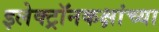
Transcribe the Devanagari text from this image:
इलेक्ट्रॉनकक्षांच्या